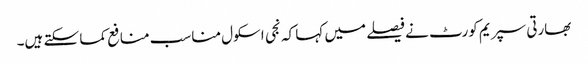
بھارتی سپریم کورٹ نے فیصلے میں کہا کہ نجی اسکول مناسب منافع کما سکتے ہیں۔